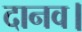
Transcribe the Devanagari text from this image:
दानव।